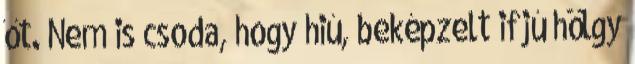
őt. Nem is csoda, hogy hiú, beképzelt ifjú hölgy